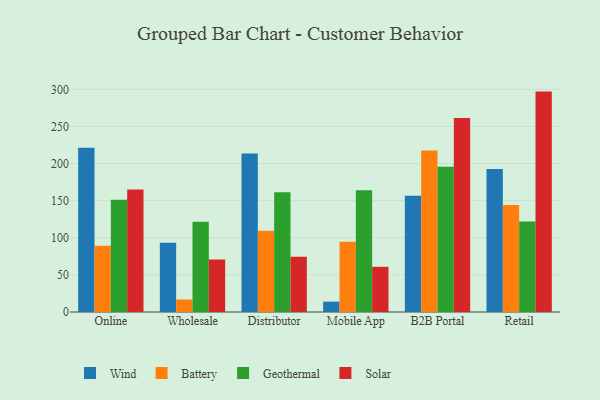
{"axis": {"x": "Channel", "y": "Conversion Rate (%)"}, "legend": ["Battery", "Geothermal", "Solar", "Wind"], "data": [{"x": "Online", "y": 221.3, "type": "Wind"}, {"x": "Online", "y": 89.3, "type": "Battery"}, {"x": "Online", "y": 151.1, "type": "Geothermal"}, {"x": "Online", "y": 165.1, "type": "Solar"}, {"x": "Wholesale", "y": 93.2, "type": "Wind"}, {"x": "Wholesale", "y": 16.8, "type": "Battery"}, {"x": "Wholesale", "y": 121.5, "type": "Geothermal"}, {"x": "Wholesale", "y": 70.7, "type": "Solar"}, {"x": "Distributor", "y": 213.4, "type": "Wind"}, {"x": "Distributor", "y": 109.6, "type": "Battery"}, {"x": "Distributor", "y": 161.4, "type": "Geothermal"}, {"x": "Distributor", "y": 74.5, "type": "Solar"}, {"x": "Mobile App", "y": 14.0, "type": "Wind"}, {"x": "Mobile App", "y": 94.7, "type": "Battery"}, {"x": "Mobile App", "y": 164.1, "type": "Geothermal"}, {"x": "Mobile App", "y": 60.9, "type": "Solar"}, {"x": "B2B Portal", "y": 156.6, "type": "Wind"}, {"x": "B2B Portal", "y": 217.6, "type": "Battery"}, {"x": "B2B Portal", "y": 195.7, "type": "Geothermal"}, {"x": "B2B Portal", "y": 261.4, "type": "Solar"}, {"x": "Retail", "y": 192.6, "type": "Wind"}, {"x": "Retail", "y": 144.2, "type": "Battery"}, {"x": "Retail", "y": 121.9, "type": "Geothermal"}, {"x": "Retail", "y": 296.9, "type": "Solar"}]}